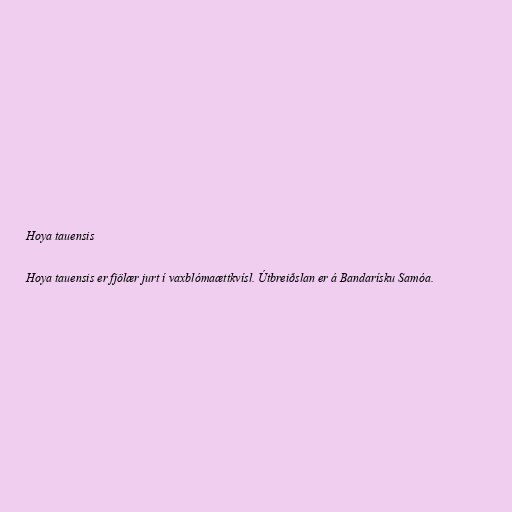
Hoya tauensis

Hoya tauensis er fjölær jurt í vaxblómaættkvísl. Útbreiðslan er á Bandarísku Samóa.